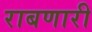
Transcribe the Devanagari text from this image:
राबणारी